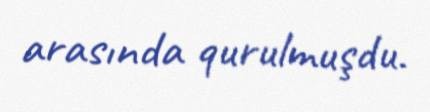
arasında qurulmuşdu.